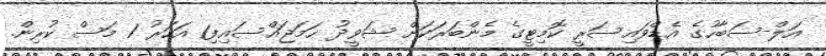
އަލް-ސަބާހުގެ އެޑްވައިސަރީ ކޮމިޓީގެ މެންބަރަކަށް ޝަވީދު ހަމަޖައްސައިފި1 އަހަރު 1 މަސް ކުރިން.